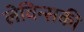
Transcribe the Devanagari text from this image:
लेविन्सकी